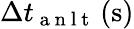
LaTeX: \Delta t_{\mathrm{~a~n~l~t~}}\left(\mathrm{s}\right)